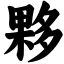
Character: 夥